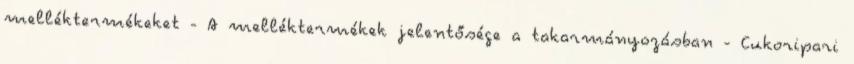
melléktermékeket - A melléktermékek jelentősége a takarmányozásban - Cukoripari